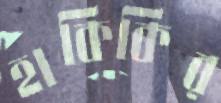
হাকিকির